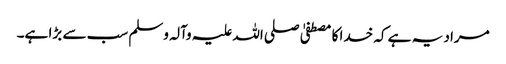
مراد یہ ہے کہ خدا کا مصطفیٰ صلی اللہ علیہ وآلہ وسلم سب سے بڑا ہے۔